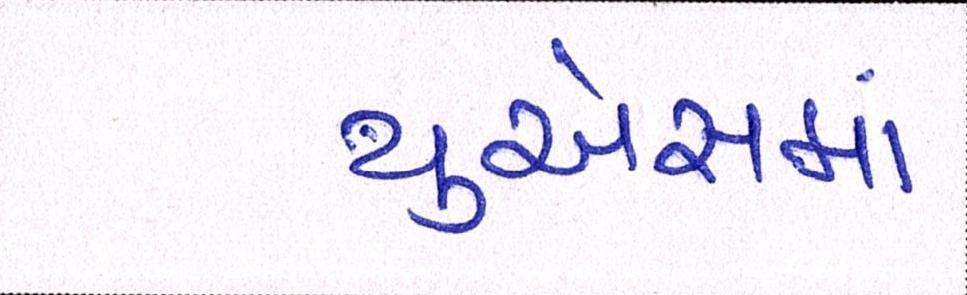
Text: યુએસમાં